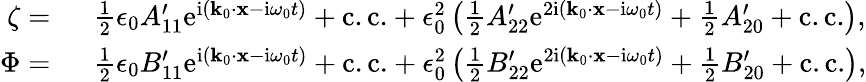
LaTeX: \begin{array}{rl}{\zeta=~}&{\frac{1}{2}\epsilon_{0}A_{11}^{\prime}\mathrm{e}^{\mathrm{i}(\mathbf{k}_{0}\cdot\mathbf{x}-\mathrm{i}\omega_{0}t)}+\mathrm{c.c.}+\epsilon_{0}^{2}\left(\frac{1}{2}A_{22}^{\prime}\mathrm{e}^{2\mathrm{i}(\mathbf{k}_{0}\cdot\mathbf{x}-\mathrm{i}\omega_{0}t)}+\frac{1}{2}A_{20}^{\prime}+\mathrm{c.c.}\right),}\\ {\Phi=~}&{\frac{1}{2}\epsilon_{0}B_{11}^{\prime}\mathrm{e}^{\mathrm{i}(\mathbf{k}_{0}\cdot\mathbf{x}-\mathrm{i}\omega_{0}t)}+\mathrm{c.c.}+\epsilon_{0}^{2}\left(\frac{1}{2}B_{22}^{\prime}\mathrm{e}^{2\mathrm{i}(\mathbf{k}_{0}\cdot\mathbf{x}-\mathrm{i}\omega_{0}t)}+\frac{1}{2}B_{20}^{\prime}+\mathrm{c.c.}\right),}\end{array}